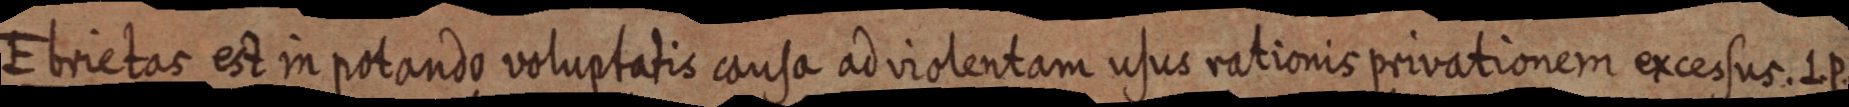
Ebrietas est in potando voluptatis causa ad violentam usus rationis privationem excessus. L. P.